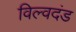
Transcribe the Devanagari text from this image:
विल्वदंड